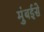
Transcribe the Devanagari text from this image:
मुंबईसे